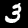
Label: 3